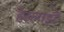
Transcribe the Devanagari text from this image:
हेडलाइटें